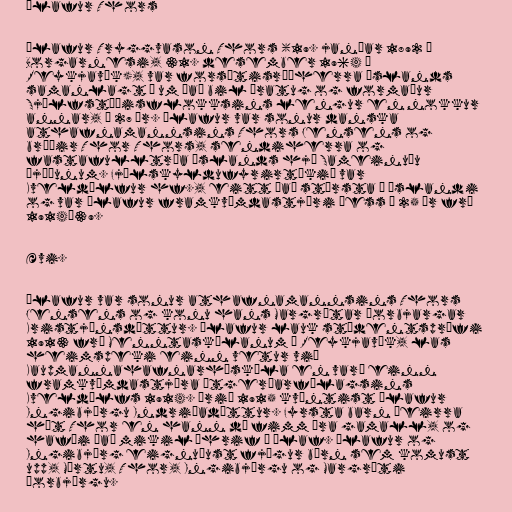
Ólafur Thors

Ólafur Tryggvason Thors (19. janúar 1892 í
Borgarnesi, 31. desember 1964 í
Reykjavík), var forsætisráðherra Íslands
samanlagt í um það bil áratug og formaður
Sjálfstæðisflokksins lengur en nokkur
annar, í 27 ár. Ólafur var sonur danska
athafnamannsins Thors Jensens og
bróðir Thor Thors, sendiherra og
fastafulltrúa Íslands hjá Sameinuðu
þjóðunum. Fjölskyldufyrirtækið var
Kveldúlfur hf., eitt það stærsta á Íslandi
og var Ólafur framkvæmdastjóri þess í 25 ár frá
1914–39.

Ævi.

Ólafur var sonur athafnamannsins Thors
Jensens og konu hans Margrétar Þorbjargar
Kristjánsdóttur. Ólafur lauk stúdentsprófi
1913 frá Menntaskólanum í Reykjavík, las
heimspeki einn vetur við
Kaupmannahafnarháskóla en varð einn
framkvæmdastjóra útgerðarfélagsins
Kveldúlfs 1914. Árið 1915 kvæntist Ólafur
Ingibjörgu Indriðadóttur. Fyrsta barn þeirra
hét Thor en hann dó fimm ára gamall, og
hafði það mikil áhrif á Ólaf. Ólafur og
Ingibjörg eignuðust fjögur börn sem komust
upp, Mörtu, Thor, Ingibjörgu og Margréti
Þorbjörgu.